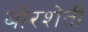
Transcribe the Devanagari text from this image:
बोरशेती